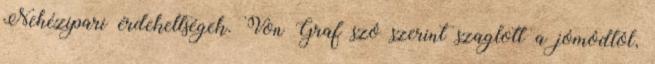
Nehézipari érdekeltségek. Von Graf szó szerint szaglott a jómódtól,